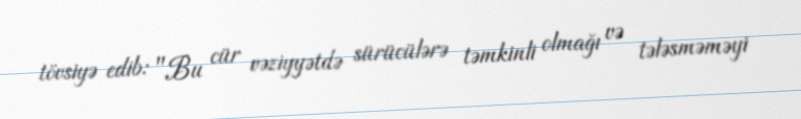
tövsiyə edib: "Bu cür vəziyyətdə sürücülərə təmkinli olmağı və tələsməməyi